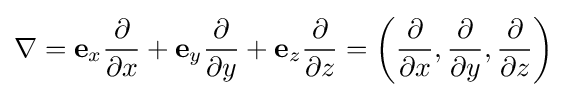
\nabla =\mathbf {e} _{x}{\partial  \over \partial x}+\mathbf {e} _{y}{\partial  \over \partial y}+\mathbf {e} _{z}{\partial  \over \partial z}=\left({\partial  \over \partial x},{\partial  \over \partial y},{\partial  \over \partial z}\right)